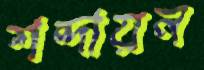
শব্দায়ন